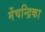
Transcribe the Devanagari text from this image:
मेंचन्द्रिका